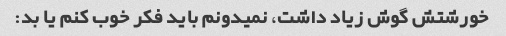
خورشتش گوش زیاد داشت، نمیدونم باید فکر خوب کنم یا بد: